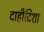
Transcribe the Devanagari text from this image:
दाहीदिशा